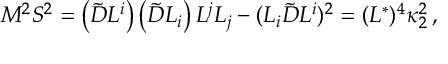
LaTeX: M ^ { 2 } S ^ { 2 } = \left( \tilde { D } L ^ { i } \right) \left( \tilde { D } L _ { i } \right) L ^ { j } L _ { j } - ( L _ { i } \tilde { D } L ^ { i } ) ^ { 2 } = ( L ^ { * } ) ^ { 4 } \kappa _ { 2 } ^ { 2 } \, ,